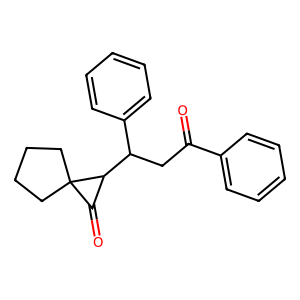
SMILES: O=C(CC(c1ccccc1)C1C(=O)C12CCCC2)c1ccccc1
Inhibits HIV replication: No